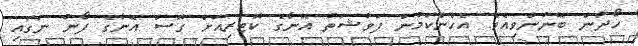
ހޯދަން ބޭނުންވިއެވެ. އެހެންކަމުން ފަވާޝަތު އޭނާގެ ކޮޓަރިއަށް ގޮސް އޭނާގެ ފޯނު ނަގައި